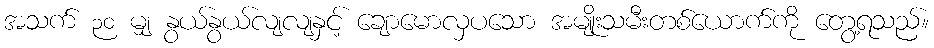
အသက် ၃၀ မျှ နွယ်နွယ်လျလျနှင့် ချောမောလှပသော အမျိုးသမီးတစ်ယောက်ကို တွေ့ရသည်။